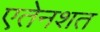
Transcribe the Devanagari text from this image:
एतेनशत